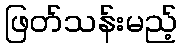
ဖြတ်သန်းမည့်